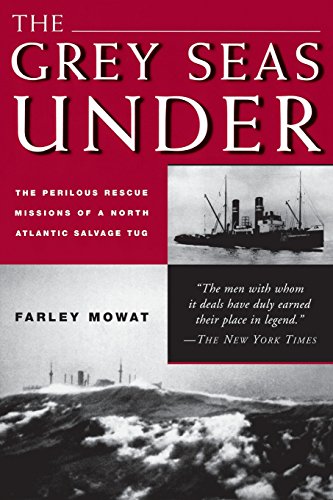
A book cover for The Grey Seas Under: The Perilous Rescue Mission of a N.A. Salvage Tug; Farley Mowat; Engineering & Transportation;